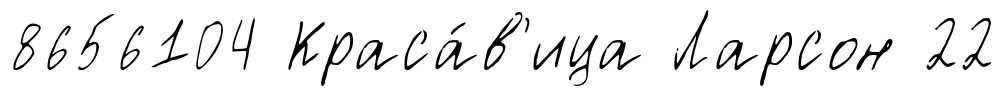
8656104 Краса́в'ица Ларсон 22